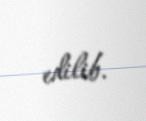
edilib.